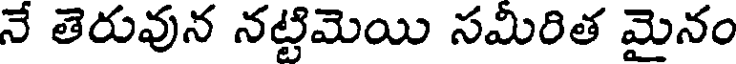
నే తెరువున నట్టిమెయి సమీరిత మైనం